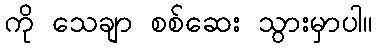
ကို သေချာ စစ်ဆေး သွားမှာပါ။